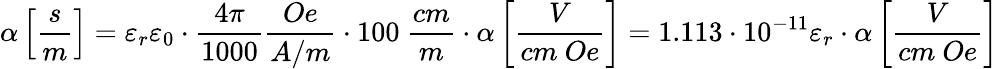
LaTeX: \alpha\left[{\frac{s}{m}}\right]=\varepsilon_{r}\varepsilon_{0}\cdot{\frac{4\pi}{1000}}{\frac{Oe}{A/m}}\cdot 100~{\frac{cm}{m}}\cdot\alpha\left[{\frac{V}{cm~Oe}}\right]=1.113\cdot 10^{-11}\varepsilon_{r}\cdot\alpha\left[{\frac{V}{cm~Oe}}\right]